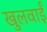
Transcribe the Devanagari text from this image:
खुलवाईं